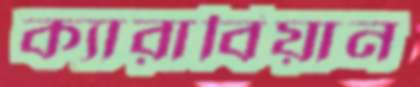
ক্যারাবিয়ান